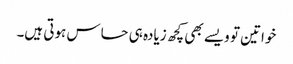
خواتین تو ویسے بھی کچھ زیادہ ہی حساس ہوتی ہیں۔